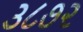
૩૮૭૨